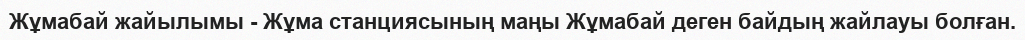
Жұмабай жайылымы - Жұма станциясының маңы Жұмабай деген байдың жайлауы болған.